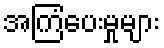
အကြံပေးမှုများ